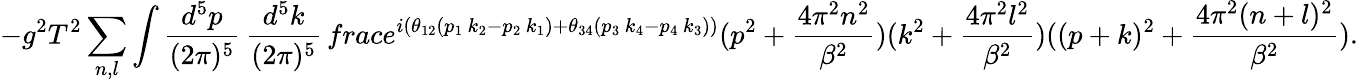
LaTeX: -g^{2}T^{2}\sum_{n,l}\int\frac{d^{5}p}{(2\pi)^{5}}\, \frac{d^{5}k}{(2\pi)^{5}}\, frac{e^{i(\theta_{12}(p_{1}\, k_{2}-p_{2}\, k_{1})+\theta_{34}(p_{3}\, k_{4}-p_{4}\, k_{3}))}}{(p^{2}+\frac{4\pi^{2}n^{2}}{\beta^{2}})(k^{2}+\frac{4\pi^{2}l^{2}}{\beta^{2}})((p+k)^{2}+\frac{4\pi^{2}(n+l)^{2}}{\beta^{2}})}.